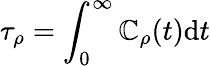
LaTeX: \tau_{\rho}=\int_{0}^{\infty}\mathbb{C}_{\rho}(t)\mathrm{{d}}t